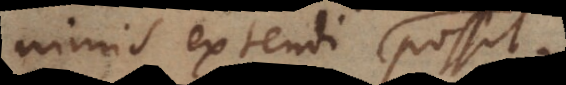
nimis extendi possit.